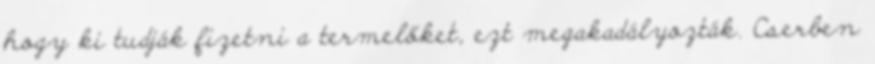
hogy ki tudják fizetni a termelőket, ezt megakadályozták. Cserben